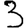
Digit: 3